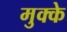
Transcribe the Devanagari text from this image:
मुक्‍के